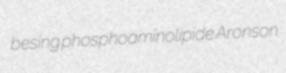
besing phosphoaminolipide Aronson